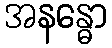
အနန္ဓော